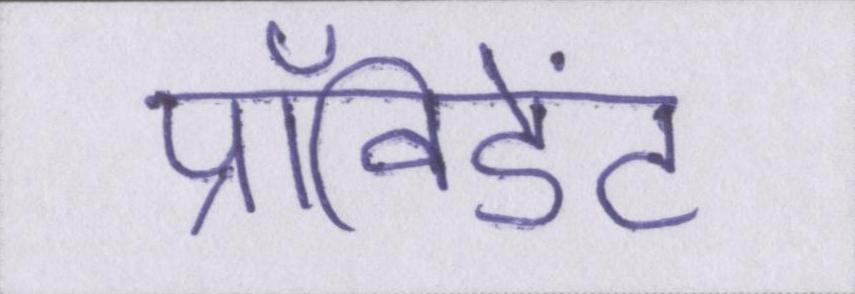
प्रॉविडेंट